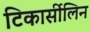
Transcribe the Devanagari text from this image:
टिकार्सीलिन